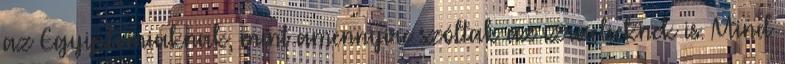
az Egyiptomiaknak, mint amennyire szóltak az izraelieknek is. Mind